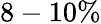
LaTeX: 8-10\%